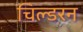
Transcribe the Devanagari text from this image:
चिल्डरन